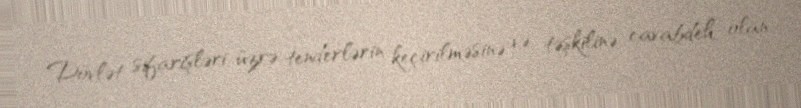
Dövlət sifarişləri üzrə tenderlərin keçirilməsinə və təşkilinə cavabdeh olan